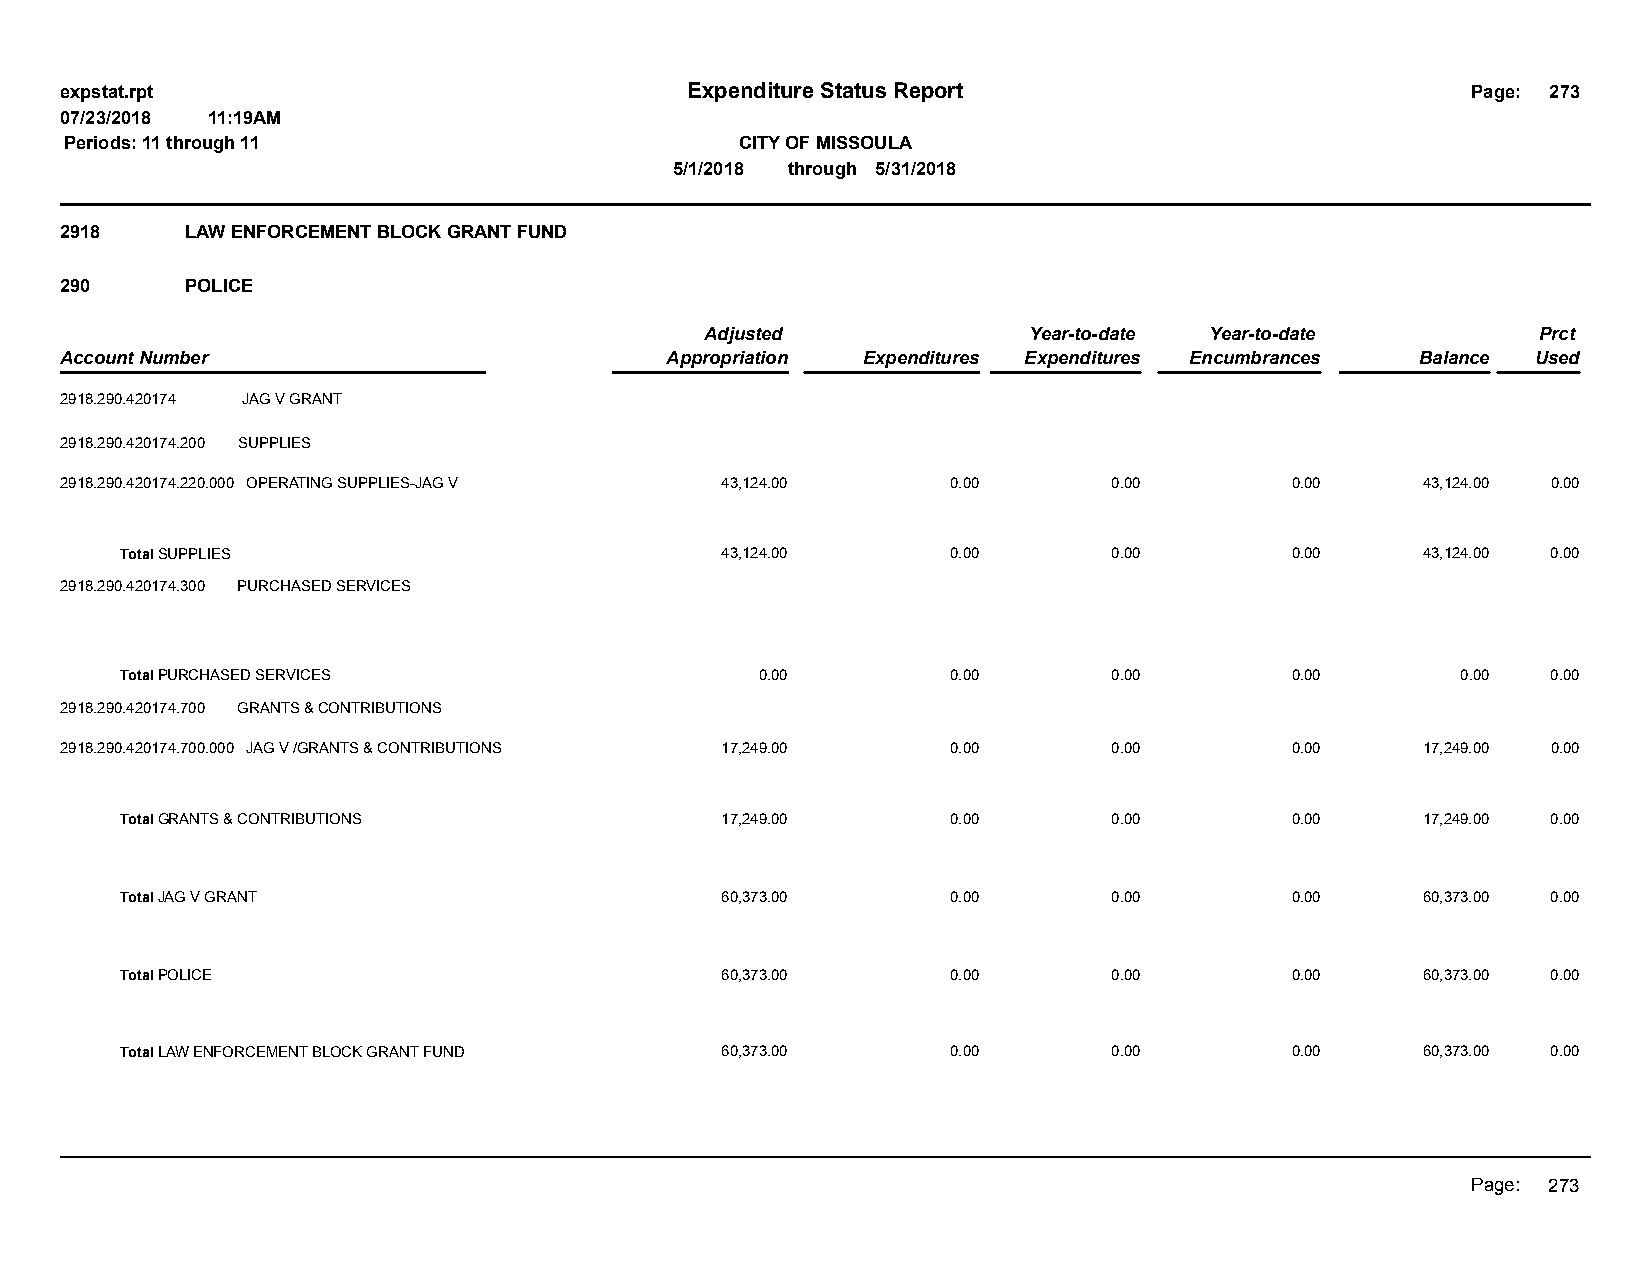
expstat.rpt                              Expenditure Status Report                           Page: 273
 07/23/2018 11:19AM
 Periods: 11 through 11                       CITY OF MISSOULA
 5/1/2018 through 5/31/2018
 2918    LAW ENFORCEMENT BLOCK GRANT FUND
 290     POLICE
 Adjusted             Year-to-date Year-to-date         Prct
 Account Number                          Appropriation Expenditures Expenditures Encumbrances Balance Used
 2918.290.420174 JAG V GRANT
 2918.290.420174.200 SUPPLIES
 2918.290.420174.220.000 OPERATING SUPPLIES-JAG V 43,124.00 0.00       0.00       0.00     43,124.00 0.00
 Total SUPPLIES                          43,124.00      0.00       0.00       0.00     43,124.00 0.00
 2918.290.420174.300 PURCHASED SERVICES
 Total PURCHASED SERVICES                  0.00         0.00       0.00       0.00        0.00  0.00
 2918.290.420174.700 GRANTS & CONTRIBUTIONS
 2918.290.420174.700.000 JAG V /GRANTS & CONTRIBUTIONS 17,249.00 0.00  0.00       0.00     17,249.00 0.00
 Total GRANTS & CONTRIBUTIONS            17,249.00      0.00       0.00       0.00     17,249.00 0.00
 Total JAG V GRANT                       60,373.00      0.00       0.00       0.00     60,373.00 0.00
 Total POLICE                            60,373.00      0.00       0.00       0.00     60,373.00 0.00
 Total LAW ENFORCEMENT BLOCK GRANT FUND  60,373.00      0.00       0.00       0.00     60,373.00 0.00
 Page: 273